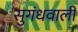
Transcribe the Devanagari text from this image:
सुगंधवाली